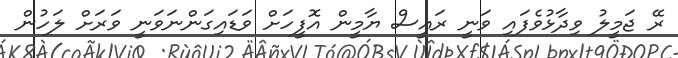
ރޭ ޖަމީލު ވިދާޅުވެފައި ވަނީ ރައީސް ޔާމީން އޮފީހަށް ވަޑައިގަންނަވަނީ ވަރަށް ލަހުން